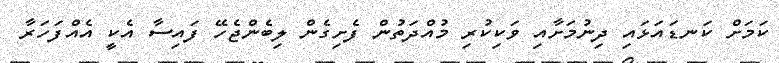
ކަމަށް ކަނޑައަޅައި ދިނުމަށާއި ވަކިކުރި މުއްދަތުން ފެށިގެން ލިބެންޖެހޭ ފައިސާ އެކީ އެއްފަހަރާ